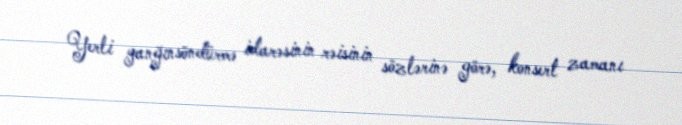
Yerli yanğınsöndürmə idarəsinin rəisinin sözlərinə görə, konsert zamanı